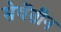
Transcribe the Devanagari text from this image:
सेवेंतीन